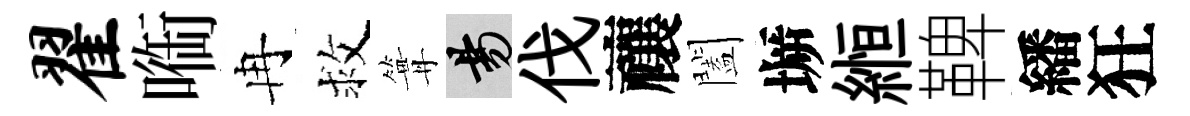
翟㗸冉救篝昜伐禳闔󶱲縆鞞繙狂